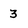
Character: 3